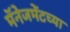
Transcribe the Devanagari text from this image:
मॅनेजमेंटच्या